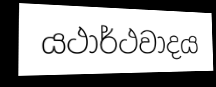
යථාර්ථවාදය